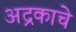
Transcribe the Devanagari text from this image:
अद्रकाचे